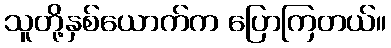
သူတို့နှစ်ယောက်က ပြောကြတယ်။